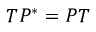
T P ^ { \ast } = P T